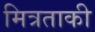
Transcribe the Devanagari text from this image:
मित्रताकी